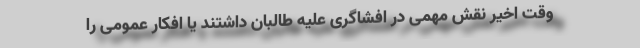
وقت اخیر نقش مهمی در افشاگری علیه طالبان داشتند یا افکار عمومی را